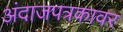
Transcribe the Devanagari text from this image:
अंदाजपत्रकावर